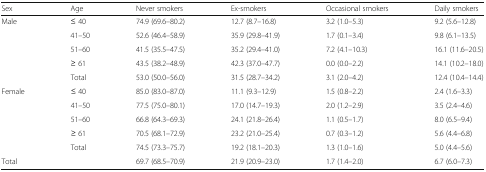
<table><thead><tr><td><b>Sex</b></td><td><b>Age</b></td><td><b>Never smokers</b></td><td><b>Ex-smokers</b></td><td><b>Occasional smokers</b></td><td><b>Daily smokers</b></td></tr></thead><tbody><tr><td>Male</td><td>≤ 40</td><td>74.9 (69.6–80.2)</td><td>12.7 (8.7–16.8)</td><td>3.2 (1.0–5.3)</td><td>9.2 (5.6–12.8)</td></tr><tr><td></td><td>41–50</td><td>52.6 (46.4–58.9)</td><td>35.9 (29.8–41.9)</td><td>1.7 (0.1–3.4)</td><td>9.8 (6.1–13.5)</td></tr><tr><td></td><td>51–60</td><td>41.5 (35.5–47.5)</td><td>35.2 (29.4–41.0)</td><td>7.2 (4.1–10.3)</td><td>16.1 (11.6–20.5)</td></tr><tr><td></td><td>≥ 61</td><td>43.5 (38.2–48.9)</td><td>42.3 (37.0–47.7)</td><td>0.0 (0.0–2.2)</td><td>14.1 (10.2–18.0)</td></tr><tr><td></td><td>Total</td><td>53.0 (50.0–56.0)</td><td>31.5 (28.7–34.2)</td><td>3.1 (2.0–4.2)</td><td>12.4 (10.4–14.4)</td></tr><tr><td>Female</td><td>≤ 40</td><td>85.0 (83.0–87.0)</td><td>11.1 (9.3–12.9)</td><td>1.5 (0.8–2.2)</td><td>2.4 (1.6–3.3)</td></tr><tr><td></td><td>41–50</td><td>77.5 (75.0–80.1)</td><td>17.0 (14.7–19.3)</td><td>2.0 (1.2–2.9)</td><td>3.5 (2.4–4.6)</td></tr><tr><td></td><td>51–60</td><td>66.8 (64.3–69.3)</td><td>24.1 (21.8–26.4)</td><td>1.1 (0.5–1.7)</td><td>8.0 (6.5–9.4)</td></tr><tr><td></td><td>≥ 61</td><td>70.5 (68.1–72.9)</td><td>23.2 (21.0–25.4)</td><td>0.7 (0.3–1.2)</td><td>5.6 (4.4–6.8)</td></tr><tr><td></td><td>Total</td><td>74.5 (73.3–75.7)</td><td>19.2 (18.1–20.3)</td><td>1.3 (1.0–1.6)</td><td>5.0 (4.4–5.6)</td></tr><tr><td>Total</td><td></td><td>69.7 (68.5–70.9)</td><td>21.9 (20.9–23.0)</td><td>1.7 (1.4–2.0)</td><td>6.7 (6.0–7.3)</td></tr></tbody></table>